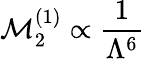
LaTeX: \mathcal{M}_{2}^{(1)}\propto\frac{1}{\Lambda^{6}}